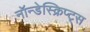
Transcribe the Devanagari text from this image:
नॉन्डेस्क्रिप्ट्स